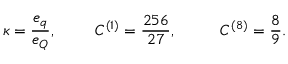
\kappa = \frac { e _ { q } } { e _ { Q } } , ~ ~ ~ ~ ~ ~ ~ { \cal C } ^ { ( 1 ) } = \frac { 2 5 6 } { 2 7 } , ~ ~ ~ ~ ~ ~ ~ ~ { \cal C } ^ { ( 8 ) } = \frac { 8 } { 9 } .